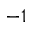
- 1